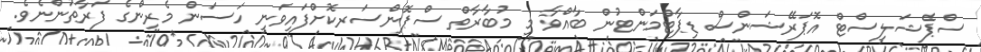
ސްޕެޝަލިސްޓް އޮޕަރޭޝަންސް ޑިޕާޓްމަންޓުން ބާއްވާ މި މުބާރާތް ސްޕޮންސަރކޮށްފައިވަނީ ހަސަން މެރިންގެ ފަރާތުންނެވެ.